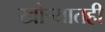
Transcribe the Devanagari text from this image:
खोर्‍यातही